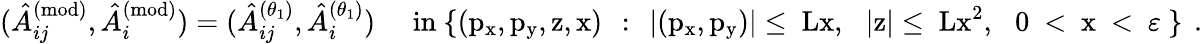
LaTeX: (\hat{A}_{ij}^{(\mathrm{mod)}},\hat{A}_{i}^{(\mathrm{mod)}})=(\hat{A}_{ij}^{(\theta_{1})},\hat{A}_{i}^{(\theta_{1})})\quad\, \, \mathrm{in~\{ (p_x,p_y,z,x)~\, :\, ~|(p_x,p_y)|\leq~Lx,~\, ~|z|\leq~Lx^2,~\, ~0~<~x~<~\varepsilon~\} ~}\, .